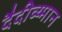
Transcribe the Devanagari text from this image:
दैदीव्य्मान